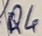
Text: Q4